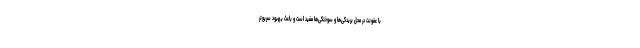
با عفونت در محل بریدگی‌ها و سوختگی‌ها مفید است و باعث بهبود سریع‌تر